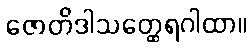
ဇောတိဒါသတ္ထေရဂါထာ။